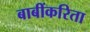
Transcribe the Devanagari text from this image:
बाबींकरिता